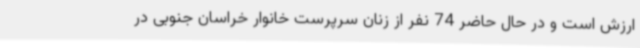
ارزش است و در حال حاضر 74 نفر از زنان سرپرست خانوار خراسان جنوبی در